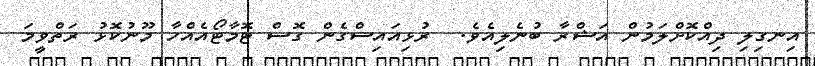
އިނގިލި ދިއްކޮށްލަމުން އަޝްރާ ބުނެލިއެވެ.  ރުޅިއައިސްގެން ގޮސް ޓޮމާޓޯއެއްހާ މޫނުކޮޅު ރަތްވީމަ